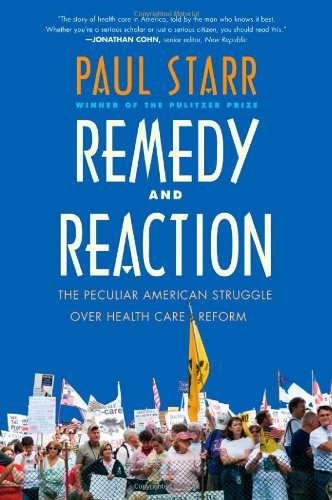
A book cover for Remedy and Reaction: The Peculiar American Struggle over Health Care Reform, Revised Edition; Paul Starr; Medical Books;